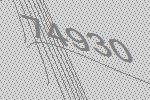
74930